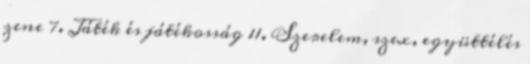
zene 7. Játék és játékosság 11. Szerelem, szex, együttélés